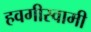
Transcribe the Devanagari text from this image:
हवगीस्वामी